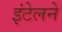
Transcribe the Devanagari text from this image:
इंटेलने